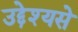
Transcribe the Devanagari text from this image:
उद्देश्यसे